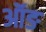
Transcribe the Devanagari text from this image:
ऑङ